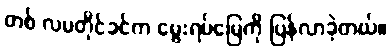
တစ် လမတိုင်ခင်က မွေးရပ်မြေကို ပြန်လာခဲ့တယ်။